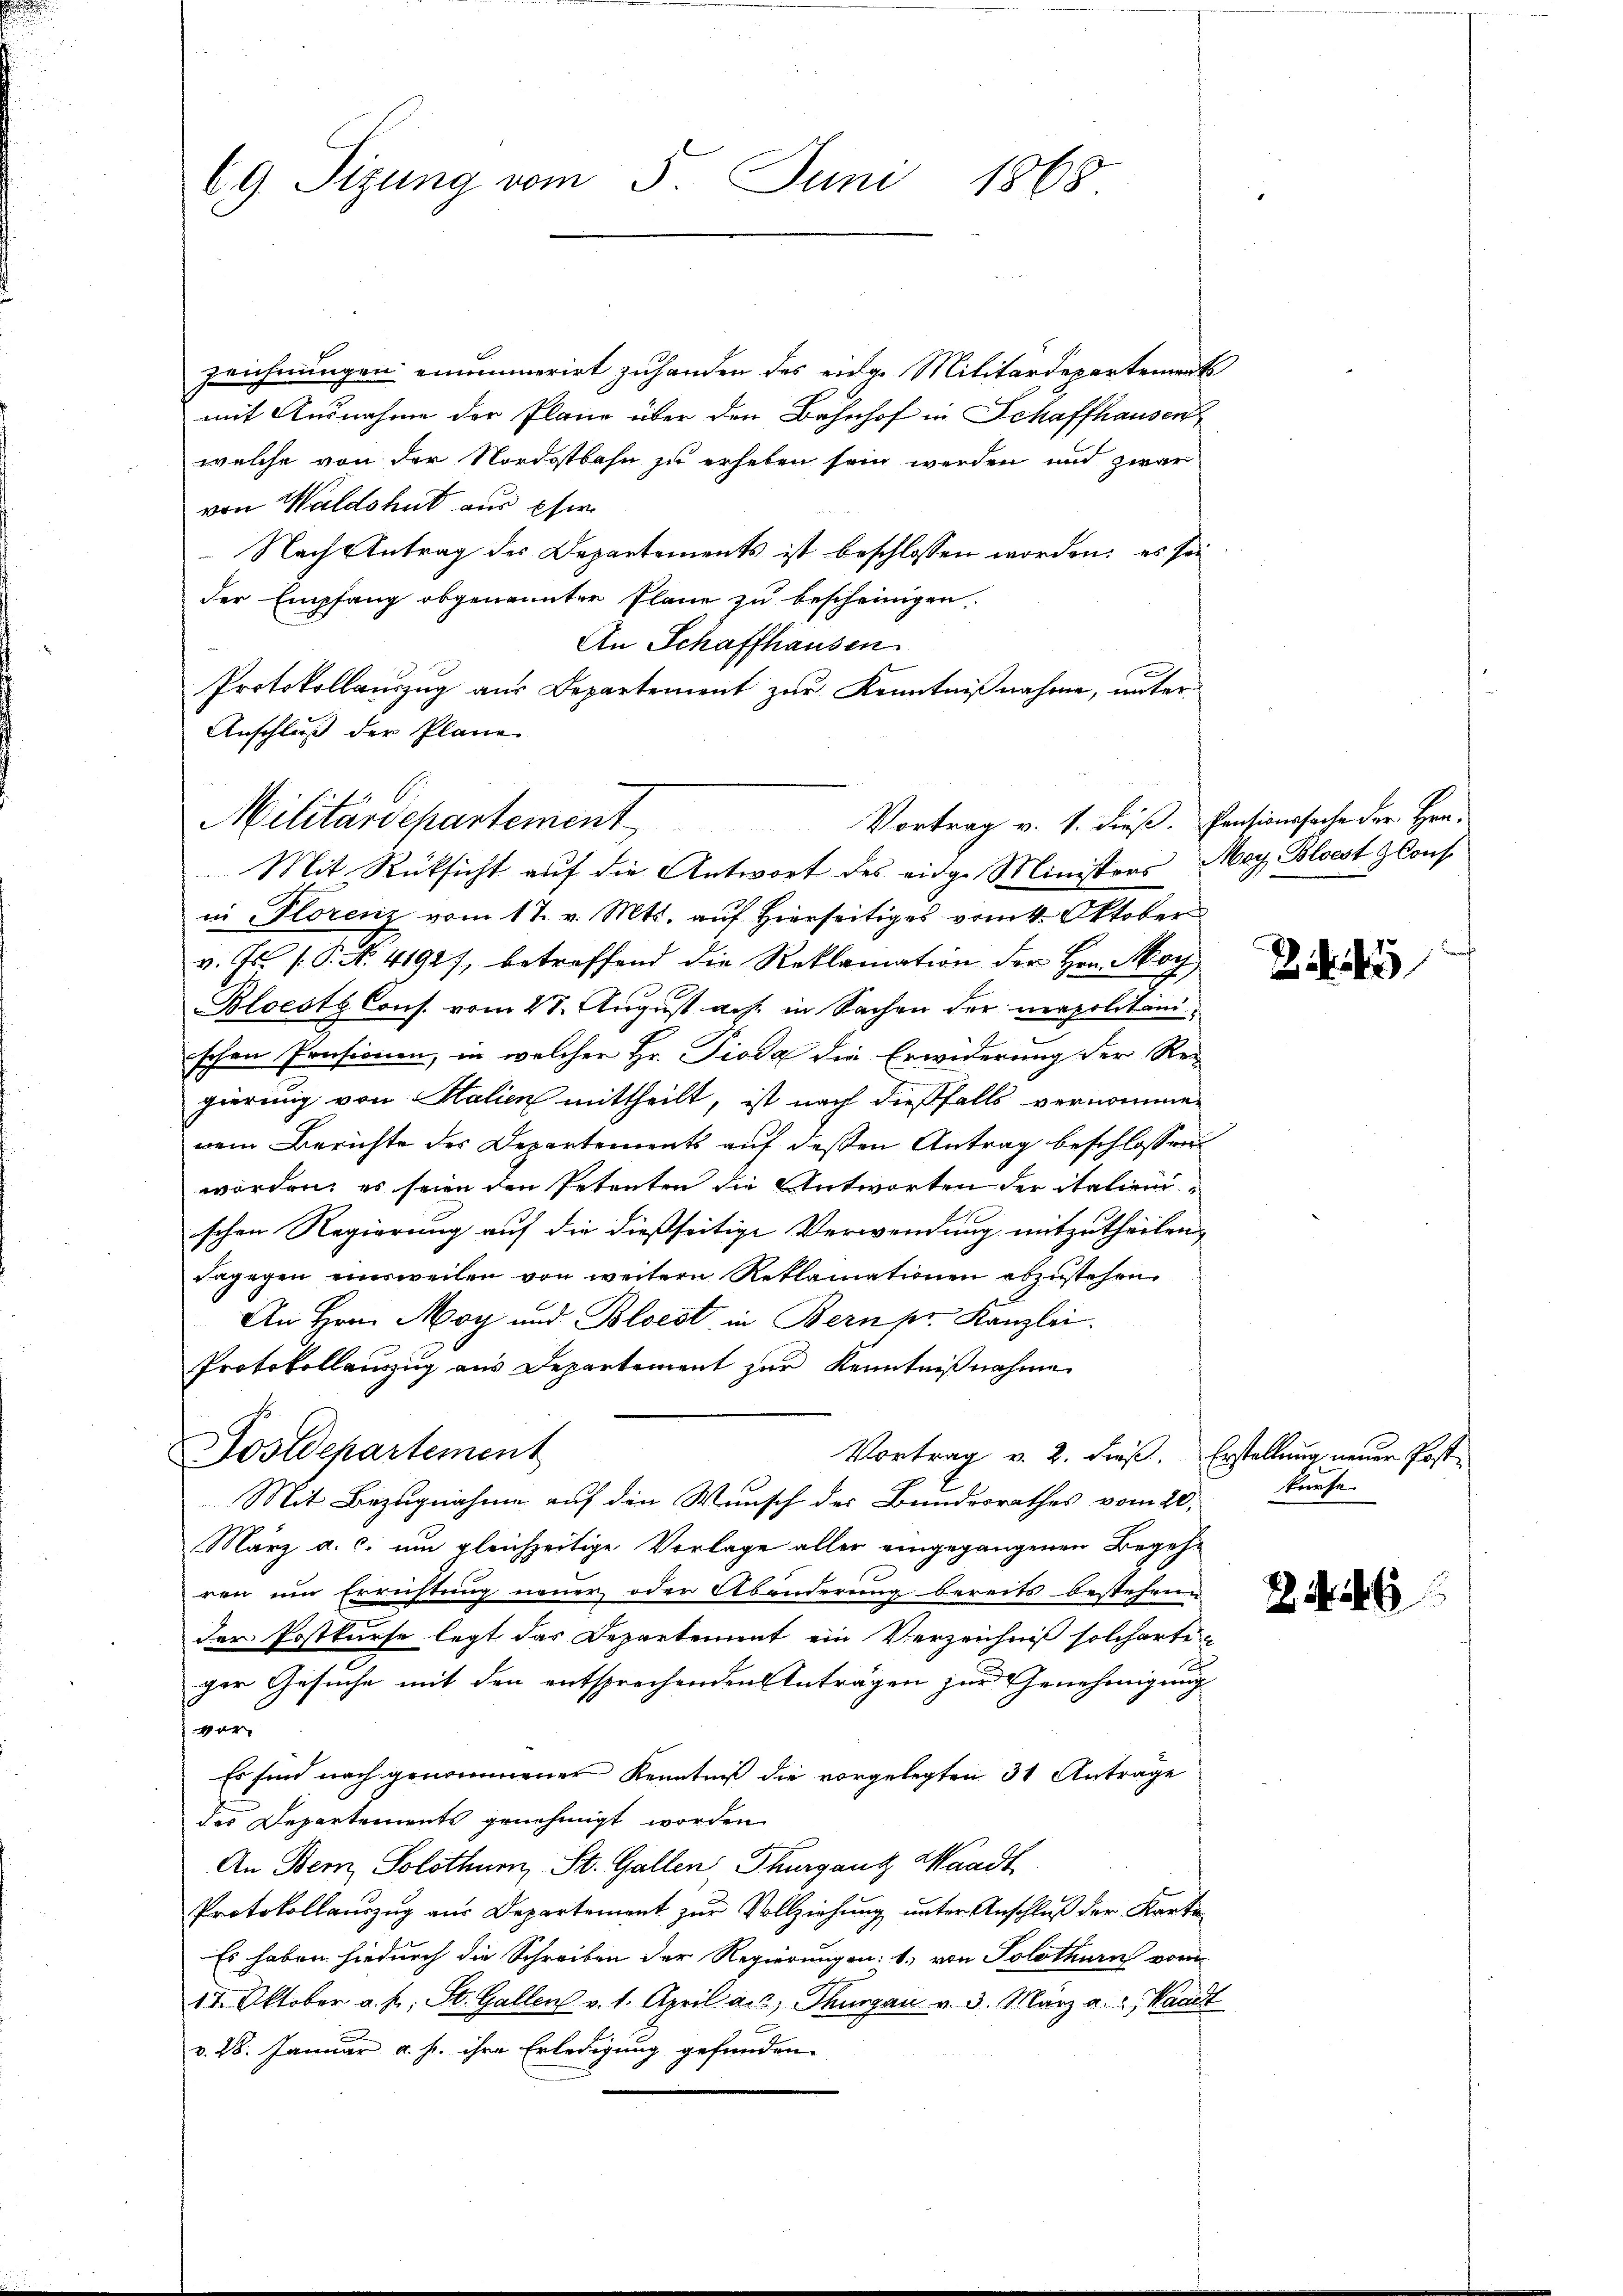
69. Sizung vom 5. Juni 1868

zeichnungen einmumerirt zuhanden des eidge Militärdepartement
mit Ausnahme der Pläne über den Bahnhof in Schaffhausen
welche von der Nordostbahn zu erheben sein werden und zwar
von Waldshut aus Eser
 Nach Antrag des Departements ist beschlossen worden: es sei
der Empfang obgenannten Plane zu bescheinigen.
An Schaffhausen
Protokollauszug aus Departement zur Kenntnißnahme, unter
Anschluß der Pläne.

Militärschartement,
Vortrag v. 1. dieß. Pensionssache der Hen-
Mit Rücksicht auf die Antwort des eidge Ministers May, Bloest lauf

in Florenz vom 17. v. Mts. auf Hierseitiges vom 4. Oktober
v. Js. f. P. Nr. 4192), betreffend die Reklamation der Hrn. Moch
Bloeste Cons. vom 28. August auf in Sachen der neapolitanischen Pensionen, in welcher Hr. Pioda die Erwiderung der Re-
gierung von Salien mittheilt, ist nach dießfalls vernommen
nem Berichte des Departements auf deßen Antrag beschlossen
worden, es seien den Petenten die Antworten der italienischen Regierung auf die dießseitige Verwendung mitzutheilen,
dagegen einsweilen von weitern Reklamationen abzustehen.
An Hrn. May und Bloest in Bern pr. Kanzlei.
Protokollauszug aus Departement zur Kenntnißnahme
Vortrag v. 2. dieß. Erstellung neuer Post¬
März a. c. um gleichzeitige Vorlage aller eingegangenen Begehr
ren um Errichtung neuer oder Abänderung bereits bestehene
der Postkurse legt das Departement ein Verzeichniß solcherte
ger Gesuche mit den entsprechenden Anträgen zur Genehmigung
ver
Es sind nach genommener Kenntniß die vorgelegten 31 Antrage
des Departements genehmigt worden.
An Bern, Solothurn, St. Gallen Thurganz Waadt
Protokollauszug aus Departement zur Vollziehung unter Anschluß der Karte¬
Es haben hiedurch die Schreiben der Regierungen: 1., von Solothurn vom
17. Oktober a. p. St. Gallen v. 1. April a. 2, Thurgau v. 3. März a. u. Waadt
v. 28. Januar a. h. ihre Erledigung gefunden.

Postdepartement

Mit Bezugnahme auf den Wunsch der Bundesrathes vom 20.

i

kürfe.

6